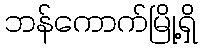
ဘန်ကောက်မြို့ရှိ